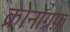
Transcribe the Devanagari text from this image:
क्रोनोग्रफ़